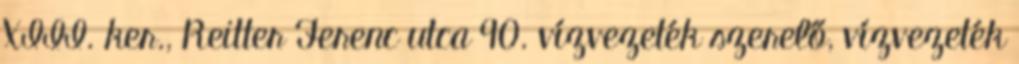
XIII. ker., Reitter Ferenc utca 90. vízvezeték szerelő, vízvezeték